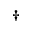
^ \dagger